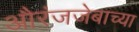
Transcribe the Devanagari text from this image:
औरंजजेबाच्या